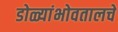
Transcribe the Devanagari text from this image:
डोळ्यांभोवतालचे